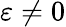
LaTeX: \varepsilon\ne 0